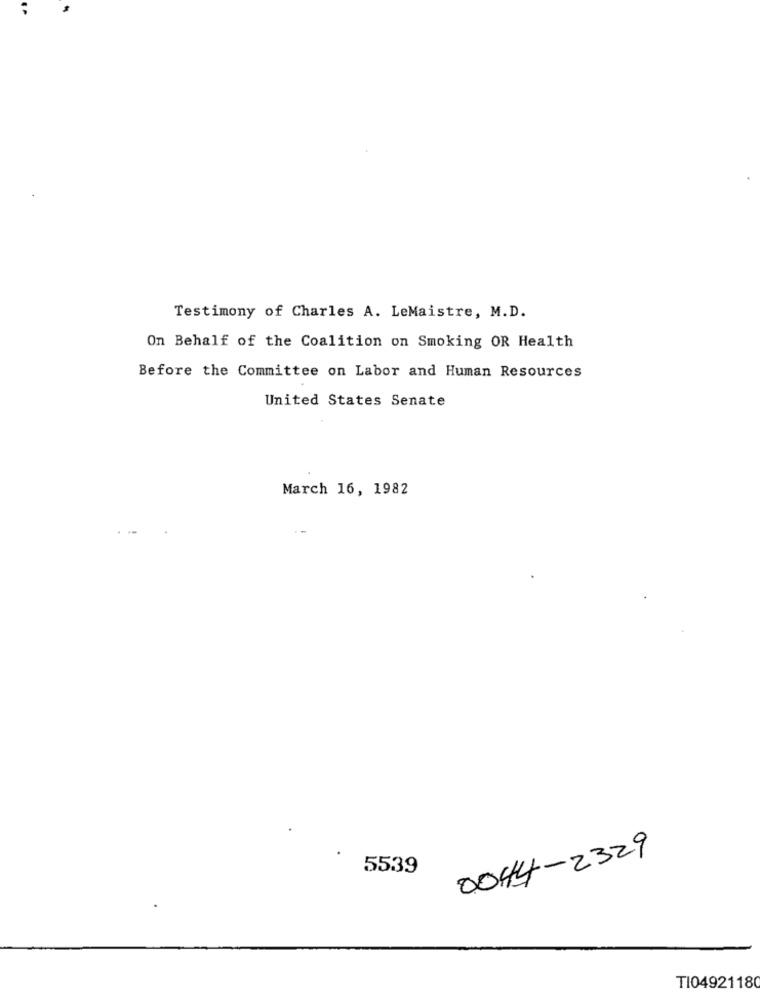
Testimony of Charles A. LeMaistre, M.D.
On Behalf of the Coalition on Smoking OR Health
Before the Committee on Labor and Human Resources
United States Senate
March 16, 1982
0044-2329
5539
TI04921180